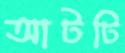
আটটি